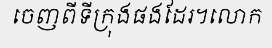
ចេញពីទីក្រុងផងដែរ។លោក